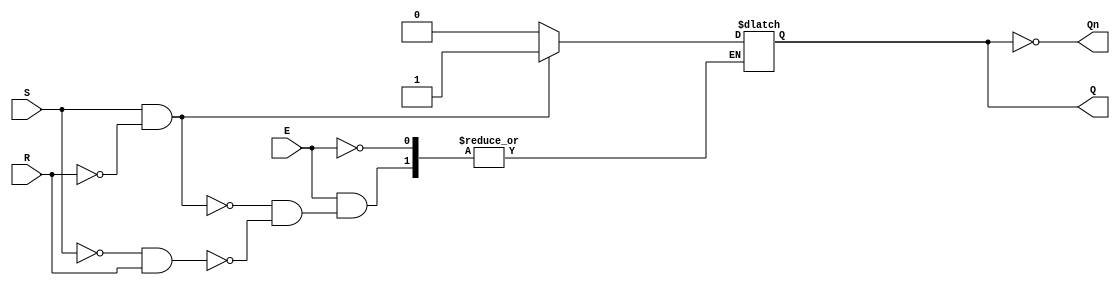
module gated_sr_latch (
    input wire S,      // Set input
    input wire R,      // Reset input
    input wire E,      // Enable input
    output reg Q,      // Output Q
    output wire Qn     // Complementary output Q
);

    assign Qn = ~Q; // Complement of Q

    always @(E, S, R) begin
        if (E) begin
            if (S && !R) begin
                Q <= 1'b1; // Set Q to 1
            end else if (!S && R) begin
                Q <= 1'b0; // Reset Q to 0
            end // If S = 0 and R = 0, maintain current state
            // If S = 1 and R = 1, the state is indeterminate, but we do nothing here
        end
        // If E = 0, do nothing and retain the current state
    end

endmodule